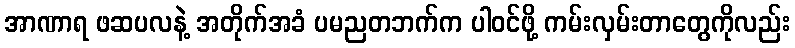
အာဏာရ ဖဆပလနဲ့ အတိုက်အခံ ပမညတဘက်က ပါဝင်ဖို့ ကမ်းလှမ်းတာတွေကိုလည်း